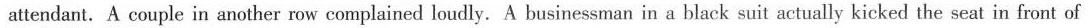
attendant. A couple in another row complained loudly. A businessman in a black suit actually kicked the seat in front of